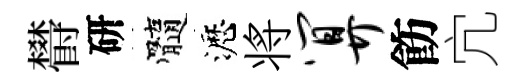
欎研髓瀝将算飭宂